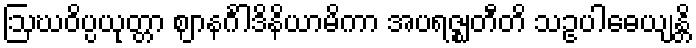
ဩဃဝိပ္ပယုတ္တာ ဈာနင်္ဂါဒိနိယာမိကာ အပရဇ္ဈတီတိ သဥပါဓေယျန္တိ